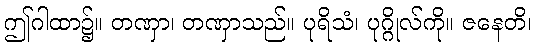
ဤဂါထာ၌။ တဏှာ၊ တဏှာသည်။ ပုရိသံ၊ ပုဂ္ဂိုလ်ကို။ ဇနေတိ၊